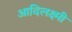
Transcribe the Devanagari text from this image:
आदिलक्ष्मी